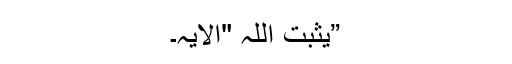
”یُثَبِّتُ اللہُ "الایہ۔